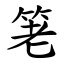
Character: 䇭